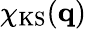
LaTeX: \chi_{\mathrm{KS}}(\mathbf{q})